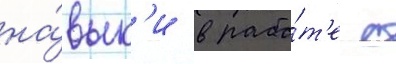
на́вык'и в рабо́т'е с